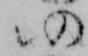
仍